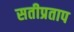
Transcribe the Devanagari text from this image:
सतीप्रताप